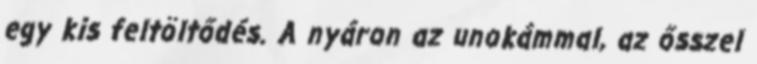
egy kis feltöltődés. A nyáron az unokámmal, az ősszel